Medical and sanitary report of the native army of Madras for the year
Year: 1877
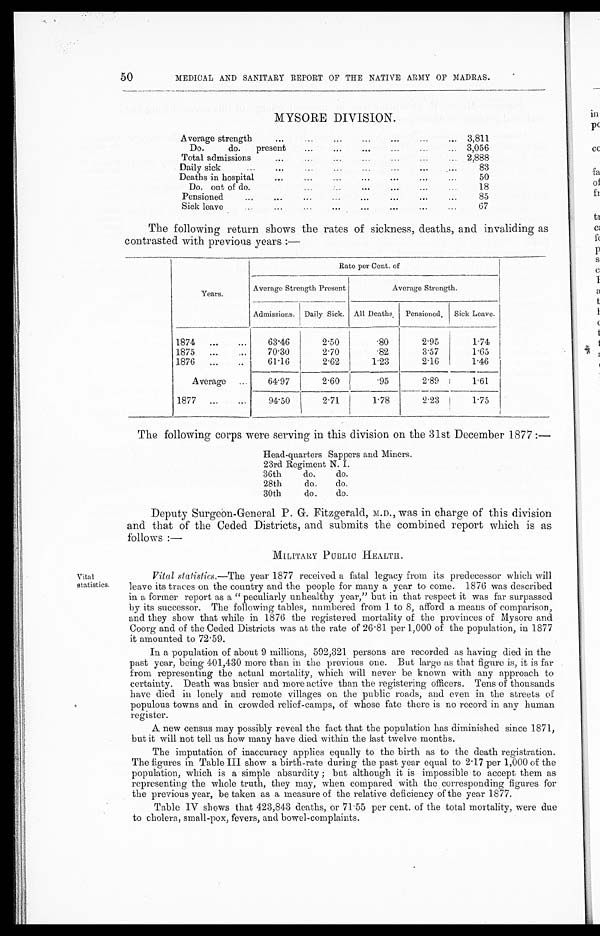
50
MEDICAL AND SANITARY REPORT OF THE NATIVE ARMY OF MADRAS.
MYSORE DIVISION.
Average strengt
... ...
...
...
...
...
... 3,811
Do.
do.
present
...
...
...
...
...
... 3,056
Total admissions
...
...
...
... ... ...
... 2,888
Daily sick
... ...
...
...
...
...
...
...
83
Deaths in hospital
... ... ...
...
...
...
...
50
Do. out of do.
...
...
...
...
...
...
18
Pensioned
...
...
...
...
...
...
...
...
85
Sick leave
..
...
...
...
...
...
...
...
6 7
The following return shows the rates of sickness, deaths, and invaliding as
contrasted with previous years :—
Years.
Rate per Cent. of
Average Strength Present
Average Strength.
Admissions. Daily Sick. All Deaths.
P e n s i o n e d .
Sick Leave.
1874
...
...
63.46
2.50
.80
2.95
1.74
1875
...
...
70.30
2.70 .8 2
3.57
1.65
1876
...
...
61.16 I
2.62
1.23
2.16
1.46
Average ...
64.97
2.60
.95
2.89
1 . 6 1
1877 ...
...
94.50
2.71
1.78
2.23
1.75
The following corps were serving in this division on the 31st December 1877 :—
Head-quarters Sappers and Miners.
23rd Regiment N. I.
36th
do.
do.
28th
do,
do.
30th
do.
do.
Deputy Surgeón-General P. G. Fitzgerald, M.D., was in charge of this division
and that of the Ceded Districts, and submits the combined report which is as
follows :—
MILITARY PUBLIC HEALTH.
Vital
statistics.
Vital statistics.—The year 1877 received a fatal legacy from its predecessor which will
leave its traces on the country and the people for many a year to come. 1876 was described
in a former report as a " peculiarly unhealthy year," but in that respect it was far surpassed
by its successor. The following tables, numbered from 1 to 8, afford a means of comparison,
and they show that while in 1876 the registered mortality of the provinces of Mysore and
Coorg and of the Ceded Districts was at the rate of 26 . 81 per 1,000 of the population, in 1877
it amounted to 72.59.
In a population of about 9 millions, 592,321 persons are recorded as having died in the
past year, being 401,430 more than in the previous one. But large as that figure is, it is far
from representing the actual mortality, which will never be known with any approach to
certainty. Death was busier and more active than the registering officers. Tens of thousands
have died in lonely and remote villages on the public roads, and even in the streets of
populous towns and in crowded relief-camps, of whose fate there is no record in any human
register.
A new census may possibly reveal the fact that the population has diminished since 1871,
but it will not tell us how many have died within the last twelve months.
The imputation of inaccuracy applies equally to the birth as to the death registration.
The figures in Table III show a birth-rate during the past year equal to 2 . 17 per 1,000 of the
population, which is a simple absurdity ; but although it is impossible to accept them as
representing the whole truth, they may, when compared with the corresponding figures for
the previous year, be taken as a measure of the relative deficiency of the year 1877.
Table IV shows that 423,843 deaths, or 71 . 55 per cent. of the total mortality, were due
to cholera, small-pox, fevers, and bowel-complaints.